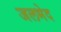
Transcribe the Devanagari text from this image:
जलभेद